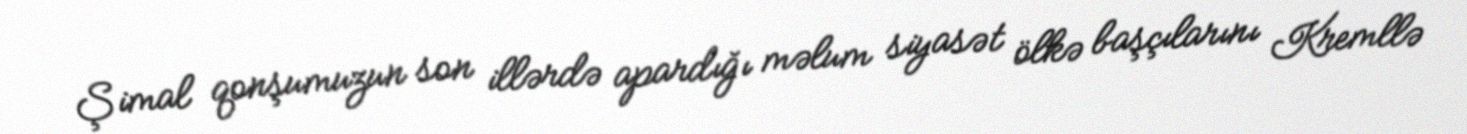
Şimal qonşumuzun son illərdə apardığı məlum siyasət ölkə başçılarını Kremllə